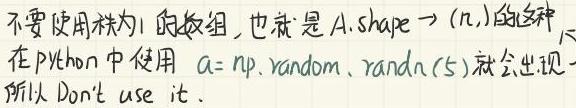
不要使用秩为1的数组，也就是$A.shape \to (n,)$的这种。在Python中使用$a = np.random.randn(5)$就会出现，所以Don't use it.